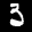
Label: 3